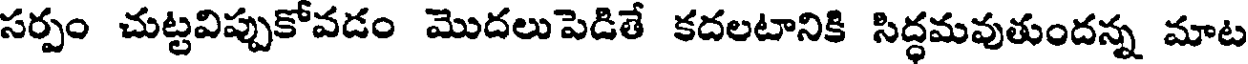
సర్పం చుట్టవిప్పుకోవడం మొదలుపెడితే కదలటానికి సిద్ధమవుతుందన్న మాట